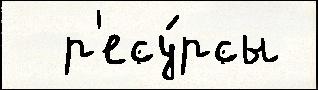
  р'есу́рсы